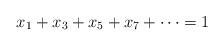
LaTeX: \begin{align*}x_1+x_3+x_5+x_7+\cdots =1\end{align*}